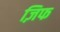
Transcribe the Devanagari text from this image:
ज़िफ